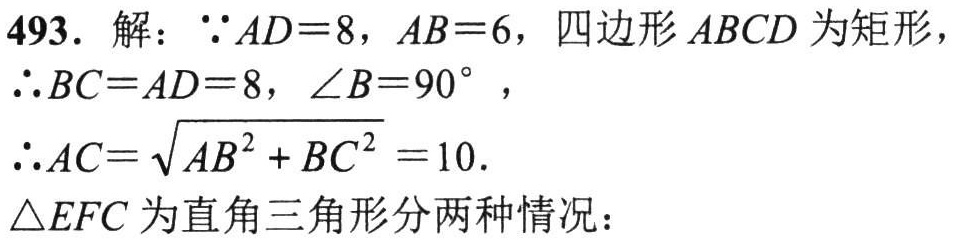
493. 解：$\because AD = 8$，$AB = 6$，四边形$ABCD$为矩形，
$\therefore BC = AD = 8$，$\angle B = 90^{\circ}$，
$\therefore AC=\sqrt{AB^{2}+BC^{2}} = 10$.
$\triangle EFC$为直角三角形分两种情况：